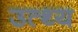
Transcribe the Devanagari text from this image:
उत्थ्य